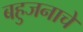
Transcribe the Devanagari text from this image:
बहुजनाचे